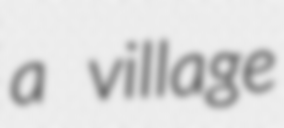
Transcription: a village